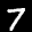
Label: 7